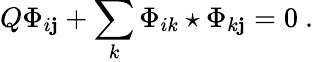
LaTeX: Q\Phi_{i\mathbf{j}}+\sum_{k}\Phi_{ik}\star\Phi_{k\mathbf{j}}=0\ .